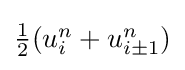
{\textstyle {\frac {1}{2}}(u_{i}^{n}+u_{i\pm 1}^{n})}